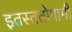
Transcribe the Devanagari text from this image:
इतस्ततोगामी